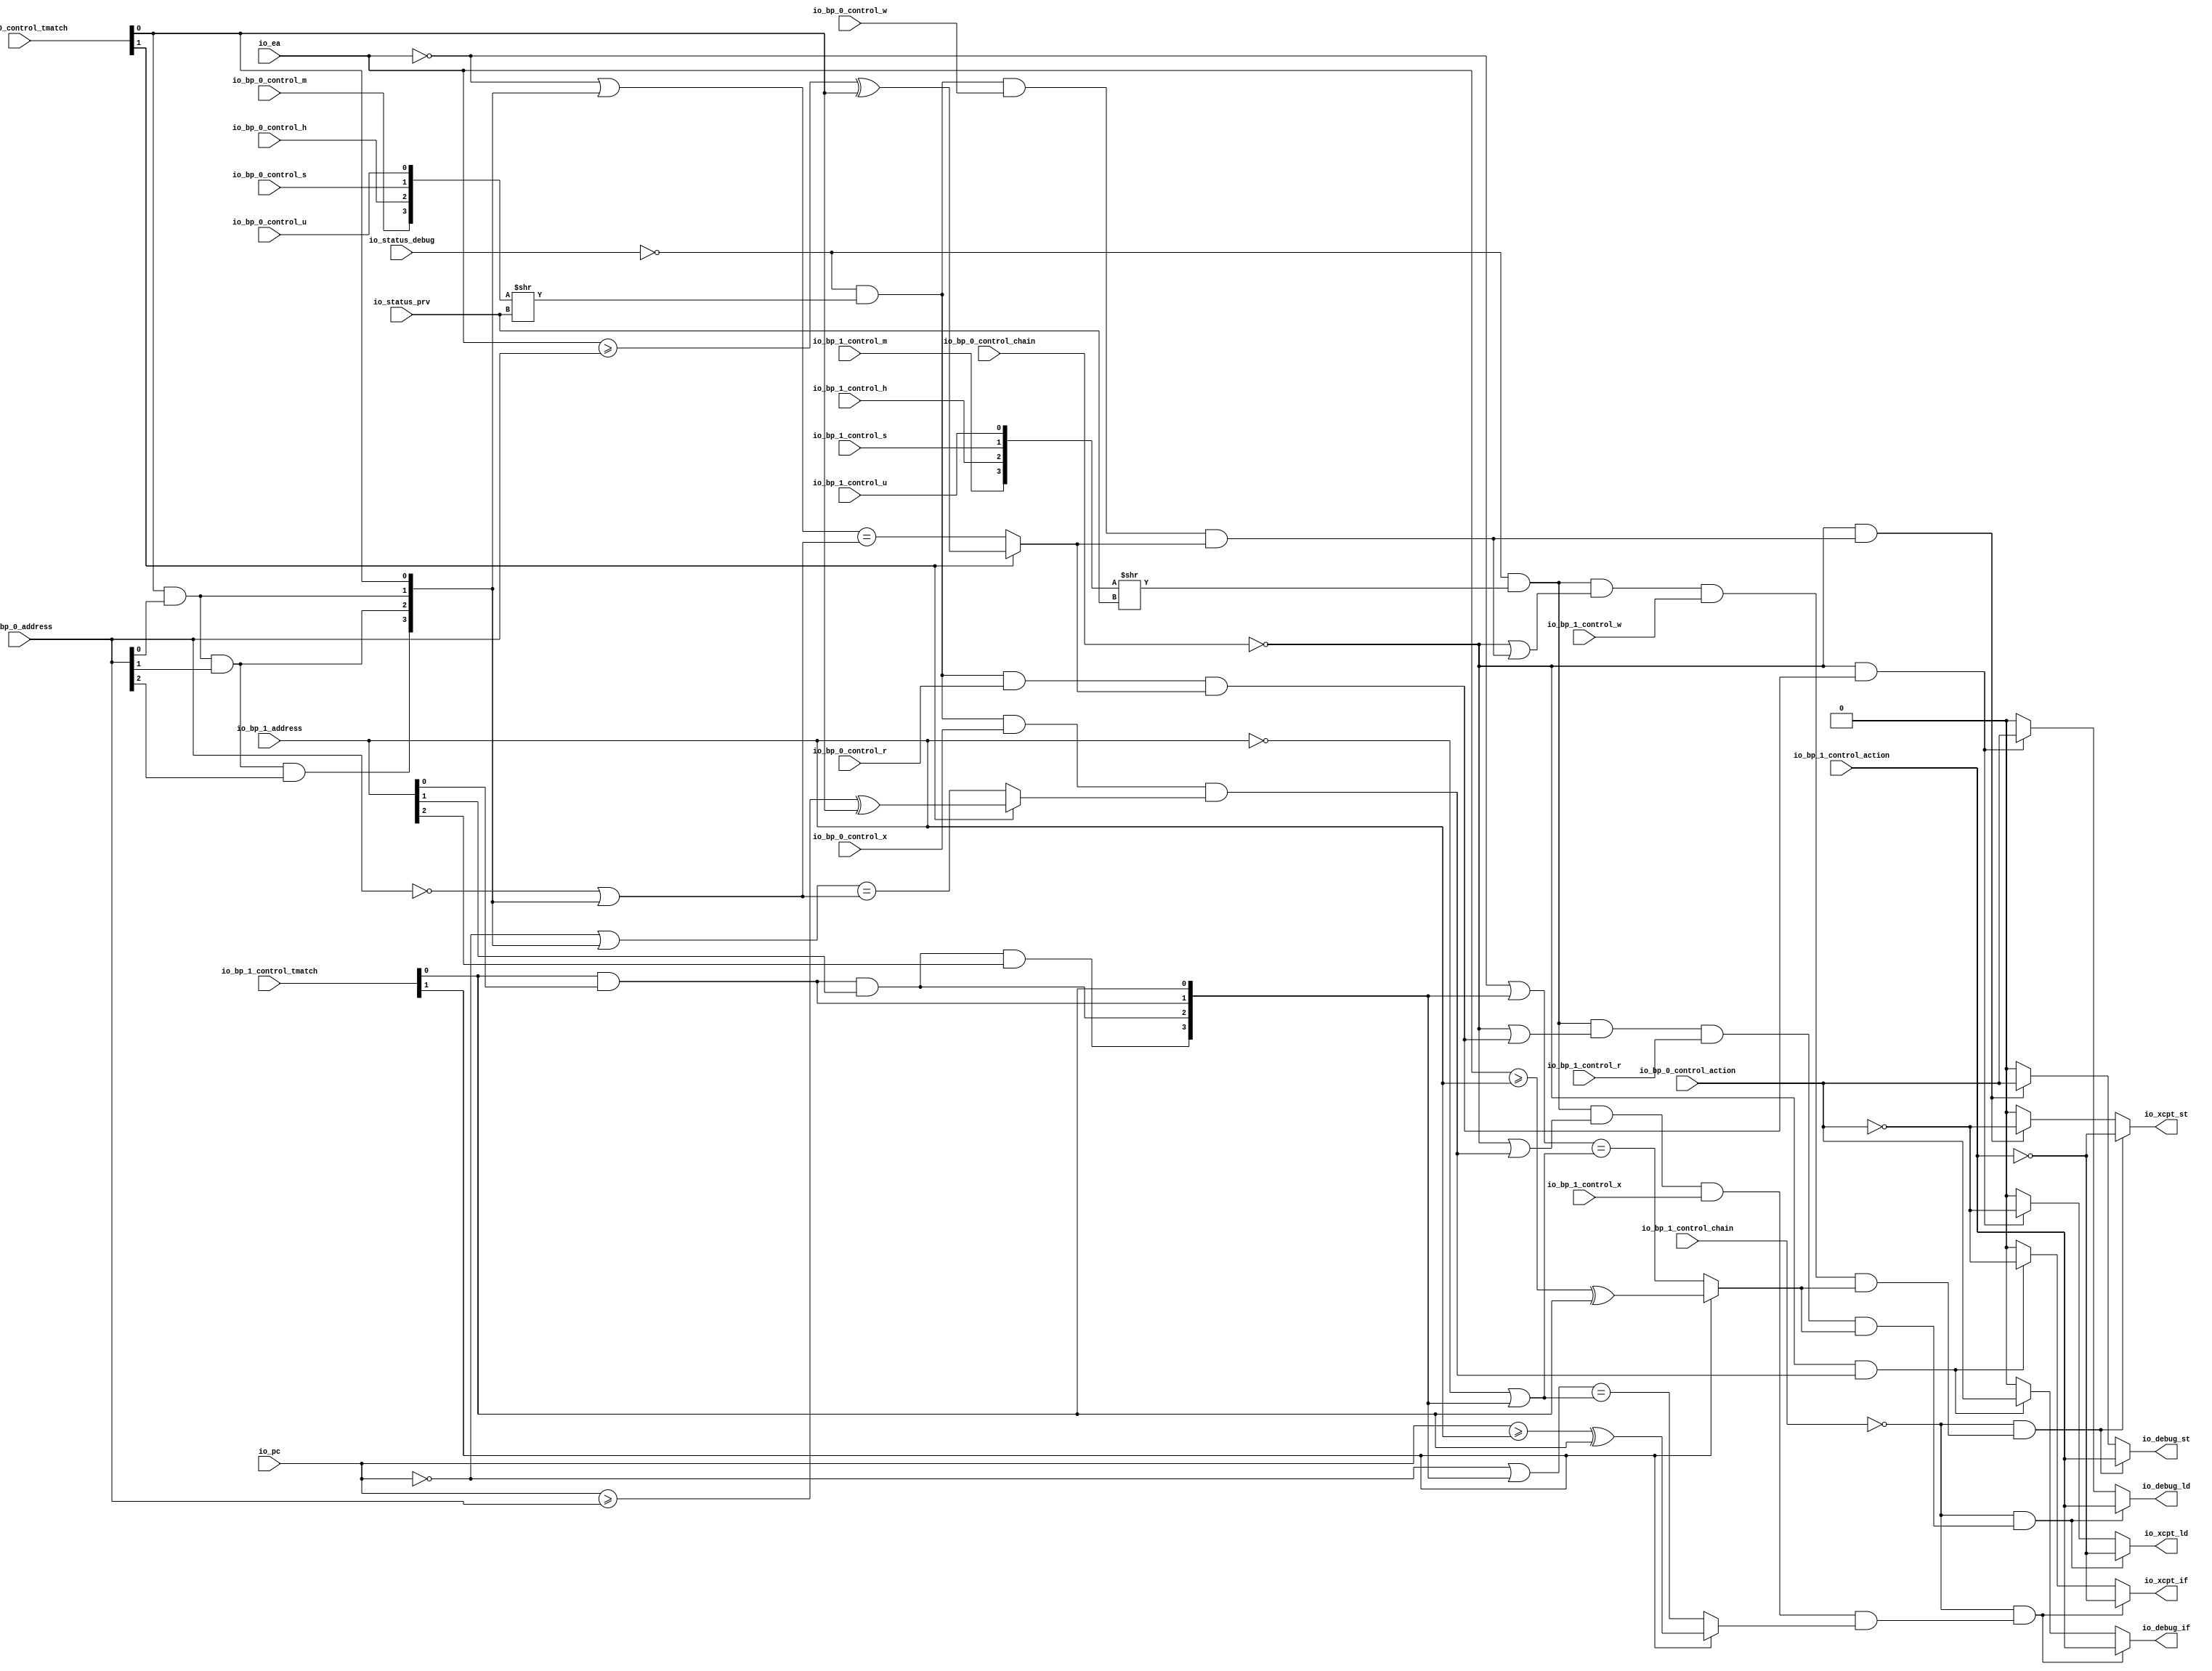
// Copyright (c) 2017, Microsemi Corporation
// All rights reserved.
//
// Redistribution and use in source and binary forms, with or without
// modification, are permitted provided that the following conditions are met:
//     * Redistributions of source code must retain the above copyright
//       notice, this list of conditions and the following disclaimer.
//     * Redistributions in binary form must reproduce the above copyright
//       notice, this list of conditions and the following disclaimer in the
//       documentation and/or other materials provided with the distribution.
//     * Neither the name of the <organization> nor the
//       names of its contributors may be used to endorse or promote products
//       derived from this software without specific prior written permission.
//
// THIS SOFTWARE IS PROVIDED BY THE COPYRIGHT HOLDERS AND CONTRIBUTORS "AS IS" AND
// ANY EXPRESS OR IMPLIED WARRANTIES, INCLUDING, BUT NOT LIMITED TO, THE IMPLIED
// WARRANTIES OF MERCHANTABILITY AND FITNESS FOR A PARTICULAR PURPOSE ARE
// DISCLAIMED. IN NO EVENT SHALL MICROSEMI CORPORATIONM BE LIABLE FOR ANY
// DIRECT, INDIRECT, INCIDENTAL, SPECIAL, EXEMPLARY, OR CONSEQUENTIAL DAMAGES
// (INCLUDING, BUT NOT LIMITED TO, PROCUREMENT OF SUBSTITUTE GOODS OR SERVICES;
// LOSS OF USE, DATA, OR PROFITS; OR BUSINESS INTERRUPTION) HOWEVER CAUSED AND
// ON ANY THEORY OF LIABILITY, WHETHER IN CONTRACT, STRICT LIABILITY, OR TORT
// (INCLUDING NEGLIGENCE OR OTHERWISE) ARISING IN ANY WAY OUT OF THE USE OF THIS
// SOFTWARE, EVEN IF ADVISED OF THE POSSIBILITY OF SUCH DAMAGE.
//
// APACHE LICENSE
// Copyright (c) 2017, Microsemi Corporation 
//
// Licensed under the Apache License, Version 2.0 (the "License");
// you may not use this file except in compliance with the License.
// You may obtain a copy of the License at
//
//    http://www.apache.org/licenses/LICENSE-2.0
//
// Unless required by applicable law or agreed to in writing, software
// distributed under the License is distributed on an "AS IS" BASIS,
// WITHOUT WARRANTIES OR CONDITIONS OF ANY KIND, either express or implied.
// See the License for the specific language governing permissions and
// limitations under the License.
//
// Description:
//
// SVN Revision Information:
// SVN $Revision: $
// SVN $Date: $
//
// Resolved SARs
// SAR      Date     Who   Description
//
// Notes:
//
// ****************************************************************************/
`define RANDOMIZE
`timescale 1ns/10ps
module PROC_SUBSYSTEM_MIV_RV32IMA_L1_AHB_0_MIV_RV32IMA_L1_AHB_BREAKPOINT_UNIT(
  input         io_status_debug,
  input  [1:0]  io_status_prv,
  input         io_bp_0_control_action,
  input         io_bp_0_control_chain,
  input  [1:0]  io_bp_0_control_tmatch,
  input         io_bp_0_control_m,
  input         io_bp_0_control_h,
  input         io_bp_0_control_s,
  input         io_bp_0_control_u,
  input         io_bp_0_control_x,
  input         io_bp_0_control_w,
  input         io_bp_0_control_r,
  input  [31:0] io_bp_0_address,
  input         io_bp_1_control_action,
  input         io_bp_1_control_chain,
  input  [1:0]  io_bp_1_control_tmatch,
  input         io_bp_1_control_m,
  input         io_bp_1_control_h,
  input         io_bp_1_control_s,
  input         io_bp_1_control_u,
  input         io_bp_1_control_x,
  input         io_bp_1_control_w,
  input         io_bp_1_control_r,
  input  [31:0] io_bp_1_address,
  input  [31:0] io_pc,
  input  [31:0] io_ea,
  output        io_xcpt_if,
  output        io_xcpt_ld,
  output        io_xcpt_st,
  output        io_debug_if,
  output        io_debug_ld,
  output        io_debug_st
);
  wire  _T_28;
  wire [1:0] _T_29;
  wire [1:0] _T_30;
  wire [3:0] _T_31;
  wire [3:0] _T_32;
  wire  _T_33;
  wire  _T_34;
  wire  _T_36;
  wire  _T_37;
  wire  _T_38;
  wire  _T_39;
  wire  _T_40;
  wire [31:0] _T_41;
  wire  _T_43;
  wire  _T_44;
  wire  _T_45;
  wire  _T_46;
  wire  _T_47;
  wire  _T_48;
  wire [1:0] _T_49;
  wire [1:0] _T_50;
  wire [3:0] _T_51;
  wire [31:0] _GEN_12;
  wire [31:0] _T_52;
  wire [31:0] _T_53;
  wire [31:0] _T_64;
  wire  _T_65;
  wire  _T_66;
  wire  _T_67;
  wire  _T_69;
  wire  _T_100;
  wire  _T_102;
  wire  _T_104;
  wire  _T_106;
  wire [31:0] _T_107;
  wire [31:0] _T_118;
  wire  _T_131;
  wire  _T_132;
  wire  _T_133;
  wire  _T_135;
  wire  _T_136;
  wire  _T_138;
  wire  _GEN_0;
  wire  _GEN_1;
  wire  _T_139;
  wire  _GEN_2;
  wire  _GEN_3;
  wire  _T_142;
  wire  _GEN_4;
  wire  _GEN_5;
  wire  _T_145;
  wire  _T_146;
  wire  _T_147;
  wire [1:0] _T_150;
  wire [1:0] _T_151;
  wire [3:0] _T_152;
  wire [3:0] _T_153;
  wire  _T_154;
  wire  _T_155;
  wire  _T_156;
  wire  _T_157;
  wire  _T_158;
  wire  _T_159;
  wire  _T_160;
  wire  _T_161;
  wire  _T_164;
  wire  _T_165;
  wire  _T_166;
  wire  _T_167;
  wire  _T_168;
  wire  _T_169;
  wire [1:0] _T_170;
  wire [1:0] _T_171;
  wire [3:0] _T_172;
  wire [31:0] _GEN_18;
  wire [31:0] _T_173;
  wire [31:0] _T_174;
  wire [31:0] _T_185;
  wire  _T_186;
  wire  _T_187;
  wire  _T_188;
  wire  _T_189;
  wire  _T_190;
  wire  _T_221;
  wire  _T_222;
  wire  _T_223;
  wire  _T_225;
  wire  _T_227;
  wire [31:0] _T_239;
  wire  _T_252;
  wire  _T_253;
  wire  _T_254;
  wire  _T_256;
  wire  _T_257;
  wire  _T_259;
  wire  _GEN_6;
  wire  _GEN_7;
  wire  _T_260;
  wire  _GEN_8;
  wire  _GEN_9;
  wire  _T_263;
  wire  _GEN_10;
  wire  _GEN_11;
  assign io_xcpt_if = _GEN_10;
  assign io_xcpt_ld = _GEN_6;
  assign io_xcpt_st = _GEN_8;
  assign io_debug_if = _GEN_11;
  assign io_debug_ld = _GEN_7;
  assign io_debug_st = _GEN_9;
  assign _T_28 = io_status_debug == 1'h0;
  assign _T_29 = {io_bp_0_control_s,io_bp_0_control_u};
  assign _T_30 = {io_bp_0_control_m,io_bp_0_control_h};
  assign _T_31 = {_T_30,_T_29};
  assign _T_32 = _T_31 >> io_status_prv;
  assign _T_33 = _T_32[0];
  assign _T_34 = _T_28 & _T_33;
  assign _T_36 = _T_34 & io_bp_0_control_r;
  assign _T_37 = io_bp_0_control_tmatch[1];
  assign _T_38 = io_ea >= io_bp_0_address;
  assign _T_39 = io_bp_0_control_tmatch[0];
  assign _T_40 = _T_38 ^ _T_39;
  assign _T_41 = ~ io_ea;
  assign _T_43 = io_bp_0_address[0];
  assign _T_44 = _T_39 & _T_43;
  assign _T_45 = io_bp_0_address[1];
  assign _T_46 = _T_44 & _T_45;
  assign _T_47 = io_bp_0_address[2];
  assign _T_48 = _T_46 & _T_47;
  assign _T_49 = {_T_44,_T_39};
  assign _T_50 = {_T_48,_T_46};
  assign _T_51 = {_T_50,_T_49};
  assign _GEN_12 = {{28'd0}, _T_51};
  assign _T_52 = _T_41 | _GEN_12;
  assign _T_53 = ~ io_bp_0_address;
  assign _T_64 = _T_53 | _GEN_12;
  assign _T_65 = _T_52 == _T_64;
  assign _T_66 = _T_37 ? _T_40 : _T_65;
  assign _T_67 = _T_36 & _T_66;
  assign _T_69 = _T_34 & io_bp_0_control_w;
  assign _T_100 = _T_69 & _T_66;
  assign _T_102 = _T_34 & io_bp_0_control_x;
  assign _T_104 = io_pc >= io_bp_0_address;
  assign _T_106 = _T_104 ^ _T_39;
  assign _T_107 = ~ io_pc;
  assign _T_118 = _T_107 | _GEN_12;
  assign _T_131 = _T_118 == _T_64;
  assign _T_132 = _T_37 ? _T_106 : _T_131;
  assign _T_133 = _T_102 & _T_132;
  assign _T_135 = io_bp_0_control_chain == 1'h0;
  assign _T_136 = _T_135 & _T_67;
  assign _T_138 = io_bp_0_control_action == 1'h0;
  assign _GEN_0 = _T_136 ? _T_138 : 1'h0;
  assign _GEN_1 = _T_136 ? io_bp_0_control_action : 1'h0;
  assign _T_139 = _T_135 & _T_100;
  assign _GEN_2 = _T_139 ? _T_138 : 1'h0;
  assign _GEN_3 = _T_139 ? io_bp_0_control_action : 1'h0;
  assign _T_142 = _T_135 & _T_133;
  assign _GEN_4 = _T_142 ? _T_138 : 1'h0;
  assign _GEN_5 = _T_142 ? io_bp_0_control_action : 1'h0;
  assign _T_145 = _T_135 | _T_67;
  assign _T_146 = _T_135 | _T_100;
  assign _T_147 = _T_135 | _T_133;
  assign _T_150 = {io_bp_1_control_s,io_bp_1_control_u};
  assign _T_151 = {io_bp_1_control_m,io_bp_1_control_h};
  assign _T_152 = {_T_151,_T_150};
  assign _T_153 = _T_152 >> io_status_prv;
  assign _T_154 = _T_153[0];
  assign _T_155 = _T_28 & _T_154;
  assign _T_156 = _T_155 & _T_145;
  assign _T_157 = _T_156 & io_bp_1_control_r;
  assign _T_158 = io_bp_1_control_tmatch[1];
  assign _T_159 = io_ea >= io_bp_1_address;
  assign _T_160 = io_bp_1_control_tmatch[0];
  assign _T_161 = _T_159 ^ _T_160;
  assign _T_164 = io_bp_1_address[0];
  assign _T_165 = _T_160 & _T_164;
  assign _T_166 = io_bp_1_address[1];
  assign _T_167 = _T_165 & _T_166;
  assign _T_168 = io_bp_1_address[2];
  assign _T_169 = _T_167 & _T_168;
  assign _T_170 = {_T_165,_T_160};
  assign _T_171 = {_T_169,_T_167};
  assign _T_172 = {_T_171,_T_170};
  assign _GEN_18 = {{28'd0}, _T_172};
  assign _T_173 = _T_41 | _GEN_18;
  assign _T_174 = ~ io_bp_1_address;
  assign _T_185 = _T_174 | _GEN_18;
  assign _T_186 = _T_173 == _T_185;
  assign _T_187 = _T_158 ? _T_161 : _T_186;
  assign _T_188 = _T_157 & _T_187;
  assign _T_189 = _T_155 & _T_146;
  assign _T_190 = _T_189 & io_bp_1_control_w;
  assign _T_221 = _T_190 & _T_187;
  assign _T_222 = _T_155 & _T_147;
  assign _T_223 = _T_222 & io_bp_1_control_x;
  assign _T_225 = io_pc >= io_bp_1_address;
  assign _T_227 = _T_225 ^ _T_160;
  assign _T_239 = _T_107 | _GEN_18;
  assign _T_252 = _T_239 == _T_185;
  assign _T_253 = _T_158 ? _T_227 : _T_252;
  assign _T_254 = _T_223 & _T_253;
  assign _T_256 = io_bp_1_control_chain == 1'h0;
  assign _T_257 = _T_256 & _T_188;
  assign _T_259 = io_bp_1_control_action == 1'h0;
  assign _GEN_6 = _T_257 ? _T_259 : _GEN_0;
  assign _GEN_7 = _T_257 ? io_bp_1_control_action : _GEN_1;
  assign _T_260 = _T_256 & _T_221;
  assign _GEN_8 = _T_260 ? _T_259 : _GEN_2;
  assign _GEN_9 = _T_260 ? io_bp_1_control_action : _GEN_3;
  assign _T_263 = _T_256 & _T_254;
  assign _GEN_10 = _T_263 ? _T_259 : _GEN_4;
  assign _GEN_11 = _T_263 ? io_bp_1_control_action : _GEN_5;
endmodule